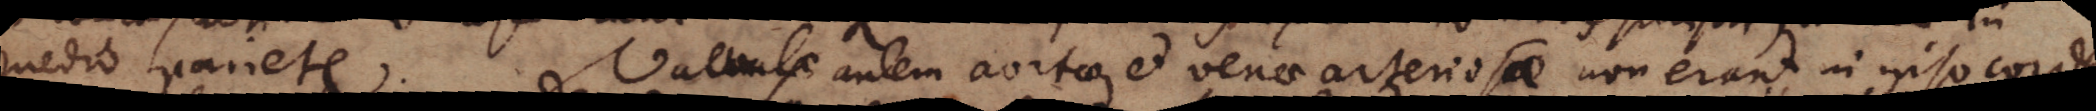
medio pariete. Valvulae autem aortae et venae arteriosae non erant in ipso corde,